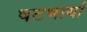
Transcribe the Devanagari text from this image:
षटभार्या